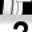
Digit: 2